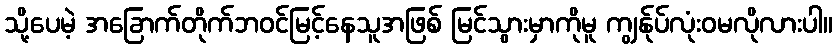
သို့ပေမဲ့ အခြောက်တိုက်ဘဝင်မြင့်နေသူအဖြစ် မြင်သွားမှာကိုမူ ကျွန်ုပ်လုံးဝမလိုလားပါ။